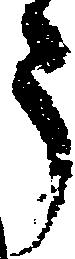
う